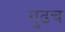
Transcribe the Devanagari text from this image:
गुढच